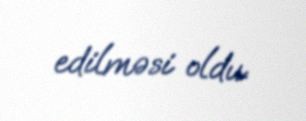
edilməsi oldu.